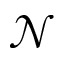
\mathcal { N }